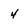
Character: 4